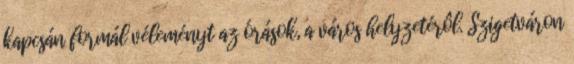
kapcsán formál véleményt az órások, a város helyzetérôl. Szigetváron